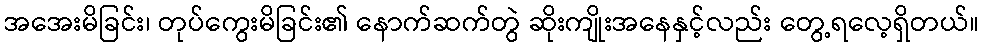
အအေးမိခြင်း၊ တုပ်ကွေးမိခြင်း၏ နောက်ဆက်တွဲ ဆိုးကျိုးအနေနှင့်လည်း တွေ့ရလေ့ရှိတယ်။